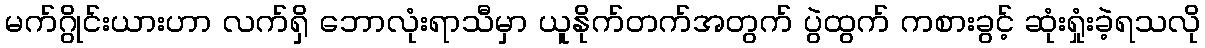
မက်ဂွိုင်းယားဟာ လက်ရှိ ဘောလုံးရာသီမှာ ယူနိုက်တက်အတွက် ပွဲထွက် ကစားခွင့် ဆုံးရှုံးခဲ့ရသလို